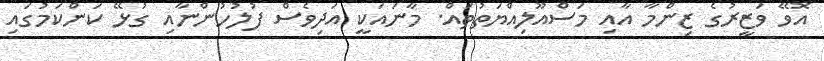
އޮވޭ ވަޒީރުގެ ޒިންމާ އާއި މަސްއޫލިއްޔަތުތައް. މާނައަކީ އަދިވެސް ފުލުހުންނާއި ގުޅޭ ކަންކަމުގައި